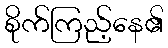
စိုက်ကြည့်နေ၏